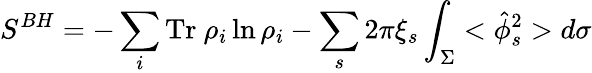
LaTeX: S^{BH}=-\sum_{i}\mathrm{Tr}~\rho_{i}\ln\rho_{i}-\sum_{s}2\pi\xi_{s}\int_{\Sigma}<\hat{\phi}_{s}^{2}>d\sigma